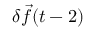
\delta \vec { f } ( t - 2 )